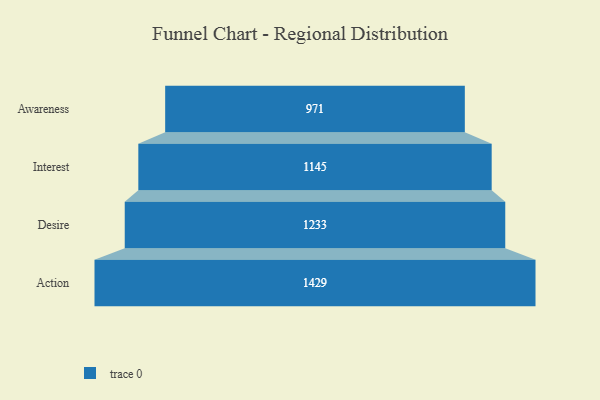
{"axis": {"x": "Stage", "y": "Value"}, "legend": [""], "data": [{"x": "Awareness", "y": 971.0, "type": ""}, {"x": "Interest", "y": 1145.0, "type": ""}, {"x": "Desire", "y": 1233.0, "type": ""}, {"x": "Action", "y": 1429.0, "type": ""}]}